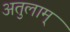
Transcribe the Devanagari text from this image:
अतुलाम्